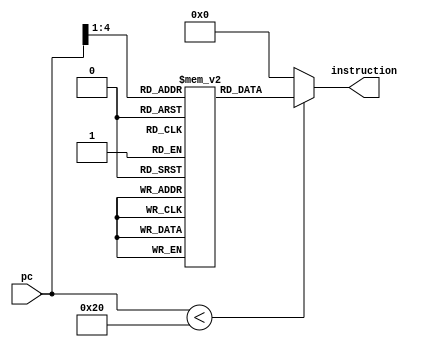
// Verilog code for instruction memory
 module instr_mem          // a synthesisable rom implementation  
 (  
      input     [15:0]     pc,  
      output wire     [15:0]          instruction  
 );  
      wire [3 : 0] rom_addr = pc[4 : 1];  
    
      reg [15:0] rom[15:0];  
      initial  
      begin  
                rom[0] = 16'b1110000100001001;  
                rom[1] = 16'b1010110100000111;  
                rom[2] = 16'b1110000100000101;  
                rom[3] = 16'b1000111010000111;  
                rom[4] = 16'b0100000000001111;  
                rom[5] = 16'b1100000001111010; 
                rom[6] = 16'b0000000000000000;  
                rom[7] = 16'b0000000000000000;  
                rom[8] = 16'b0000000000000000;  
                rom[9] = 16'b0000000000000000;  
                rom[10] = 16'b0000000000000000;  
                rom[11] = 16'b0000000000000000;  
                rom[12] = 16'b0000000000000000;  
                rom[13] = 16'b0000000000000000;  
                rom[14] = 16'b0000000000000000;  
                rom[15] = 16'b1100000001110000;  
      end  
      assign instruction = (pc[15:0] < 32 )? rom[rom_addr[3:0]]: 16'd0;  
 endmodule